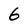
Character: 6